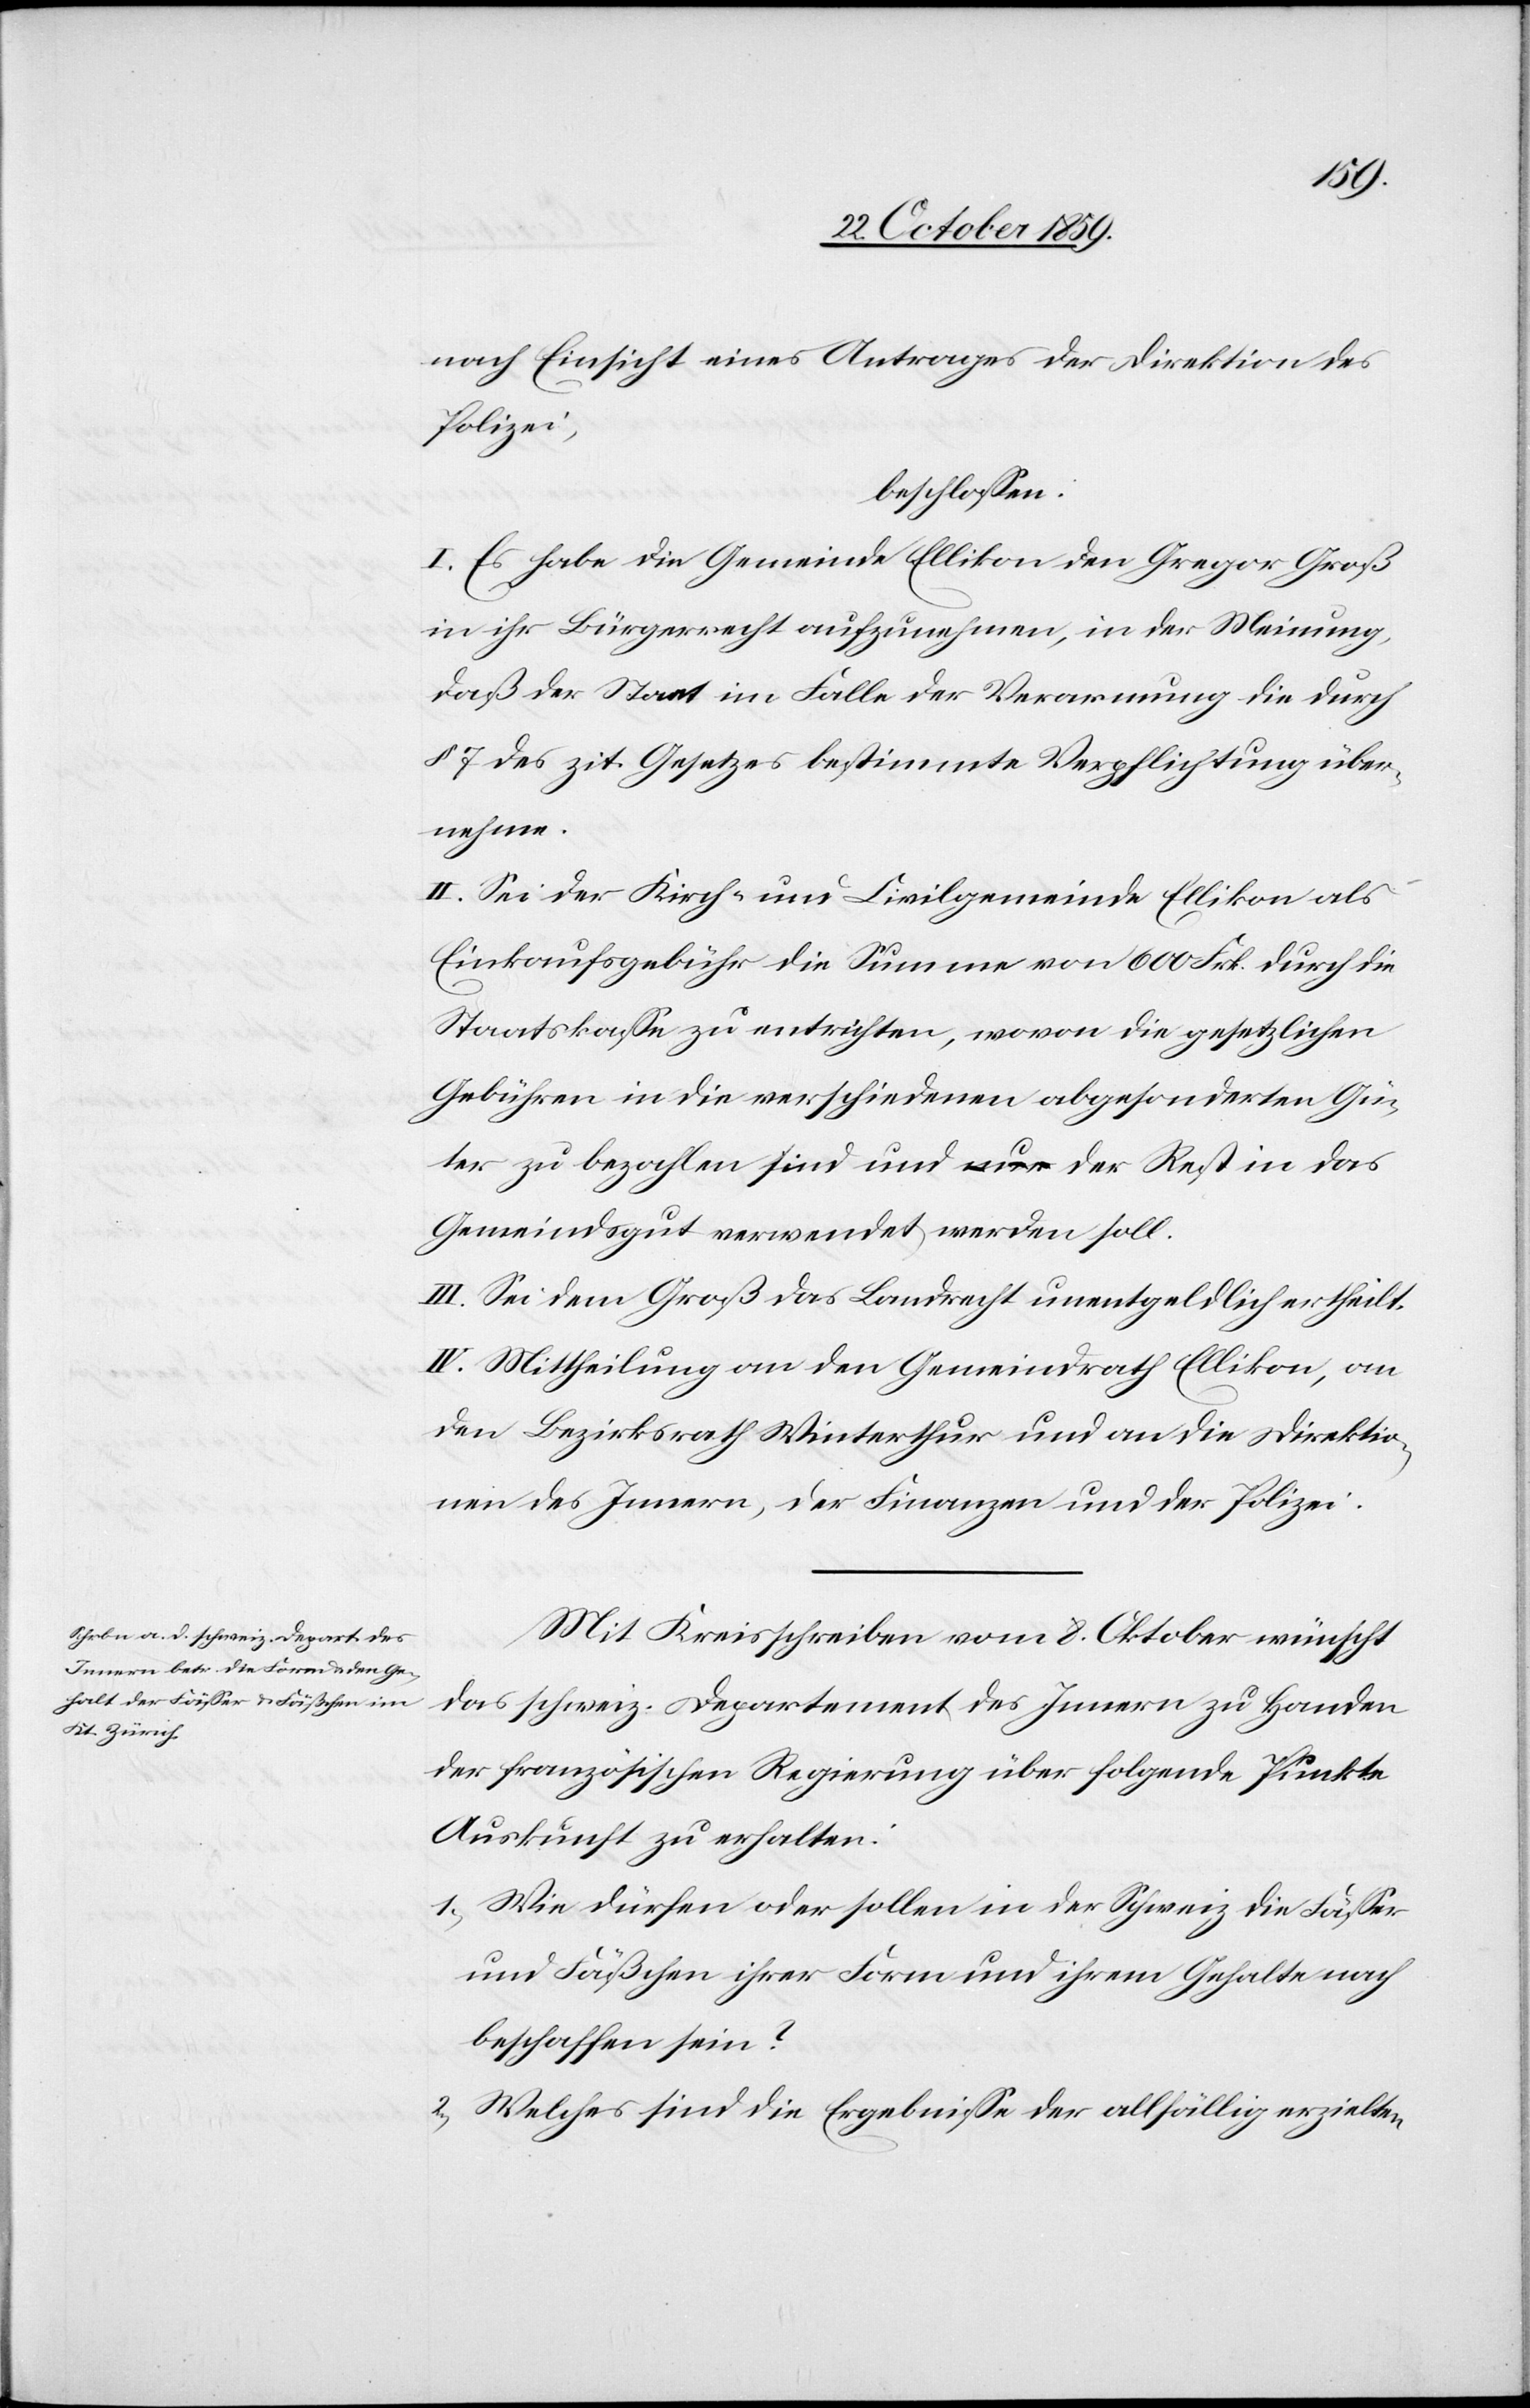
nach Einsicht eines Antrages der Direktion der
Polizei,
beschlossen:
I. Es habe die Gemeinde Ellikon den Gregor Groß
in ihr Bürgerrecht aufzunehmen, in der Meinung,
daß der Staat im Falle der Verarmung die durch
§ 7 des zit. Gesetzes bestimmte Verpflichtung über¬
nehme.
II. Sei der Kirch- und Civilgemeinde Ellikon als
Einkaufsgebühr die Summe von 600 Frk. durch die
Staatskasse zu entrichten, wovon die gesetzlichen
Gebühren in die verschiedenen abgesonderten Gü¬
ter zu bezahlen sind und nur der Rest in das
Gemeindsgut verwendet werden soll.
III. Sei dem Groß das Landrecht unentgeldlich ertheilt.
IV. Mittheilung an den Gemeinderath Ellikon, an
den Bezirksrath Winterthur und an die Direktio¬
nen des Innern, der Finanzen und der Polizei.
Mit Kreisschreiben vom 8. Oktober wünscht
das schweiz. Departement des Innern zu Handen
der französischen Regierung über folgende Punkte
Auskunft zu erhalten:
1) Wie dürfen oder sollen in der Schweiz die Fässer
und Fäßchen ihrer Form und ihrem Gehalte nach
beschaffen sein?
2) Welches sind die Ergebnisse der allfälligen erzielten